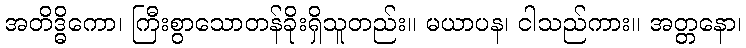
အတိဒ္ဓိကော၊ ကြီးစွာသောတန်ခိုးရှိသူတည်း။ မယာပန၊ ငါသည်ကား။ အတ္တနော၊